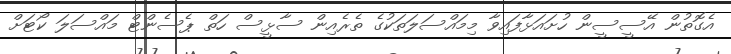
އެގޮތުން އޭސީސީން ހުށައަޅާފައިވާ މިމައްސަލަތަކުގެ ތެރެއިން ސާޅީސް ހަތް ޕެސެންޓް މައްސަލަ ކޯޓަށް